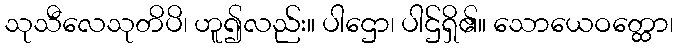
သုသီလေသုတိပိ၊ ဟူ၍လည်း။ ပါဌော၊ ပါဌ်ရှိ၏။ သောယေဝတ္ထော၊